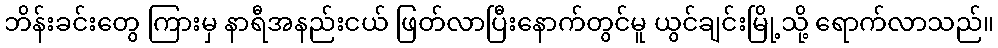
ဘိန်းခင်းတွေ ကြားမှ နာရီအနည်းငယ် ဖြတ်လာပြီးနောက်တွင်မူ ယွင်ချင်းမြို့သို့ ရောက်လာသည်။